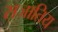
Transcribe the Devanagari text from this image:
सजातिय